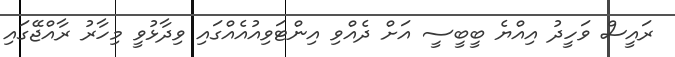
ރައީސް ވަހީދު އިއްޔެ ބީބީސީ އަށް ދެއްވި އިންޓަވިއުއެއްގައި ވިދާޅުވީ މިހާރު ރާއްޖޭގައި